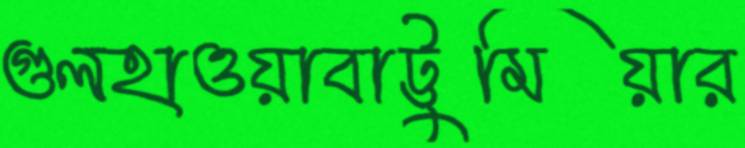
গুলহাওয়াবাট্টুমিয়ার